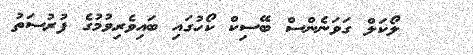
ލޯކަލް ގަވަނެންސް ބޭސިކް ކޯހުގައި ބައިވެރިވުމުގެ ފުރުސަތު